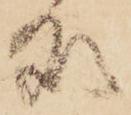
処